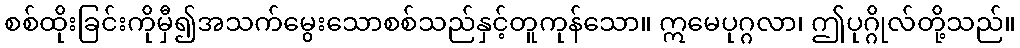
စစ်ထိုးခြင်းကိုမှီ၍အသက်မွေးသောစစ်သည်နှင့်တူကုန်သော။ ဣမေပုဂ္ဂလာ၊ ဤပုဂ္ဂိုလ်တို့သည်။